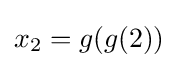
x_{2}=g(g(2))